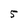
Character: 5